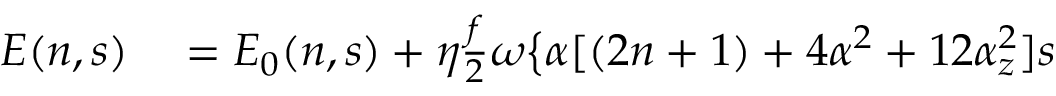
\begin{array} { r l } { E ( n , s ) } & { { } = E _ { 0 } ( n , s ) + \eta \frac { f } { 2 } \omega \big \{ \alpha [ ( 2 n + 1 ) + 4 \alpha ^ { 2 } + 1 2 \alpha _ { z } ^ { 2 } ] s } \end{array}